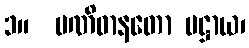
၁။  ပဏိဓာနတော ပဋ္ဌာယ၊